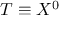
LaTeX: T \equiv X ^ { 0 }